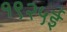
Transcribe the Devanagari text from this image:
१९२५ई